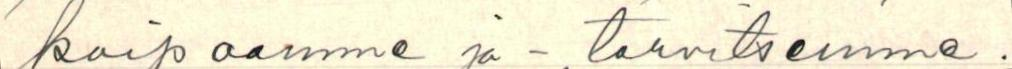
kaipaamme ja - tarvitsemme.